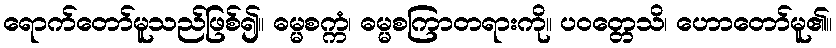
ရောက်တော်မူသည်ဖြစ်၍။ ဓမ္မစက္ကံ၊ ဓမ္မစကြာတရားကို။ ပဝတ္တေသိ၊ ဟောတော်မူ၏။